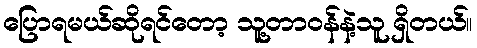
ပြောရမယ်ဆိုရင်တော့ သူ့တာဝန်နဲ့သူ ရှိတယ်။